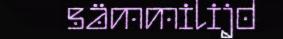
sämmilijd